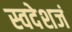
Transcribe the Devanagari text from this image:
स्वदेशजं